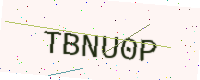
Text: TBNU0P